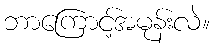
ဘာကြောင့်အမုန်းလဲ။